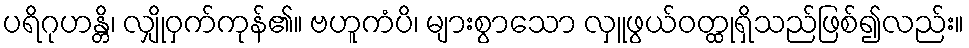
ပရိဂုဟန္တိ၊ လျှိုဝှက်ကုန်၏။ ဗဟူကံပိ၊ များစွာသော လှူဖွယ်ဝတ္ထုရှိသည်ဖြစ်၍လည်း။